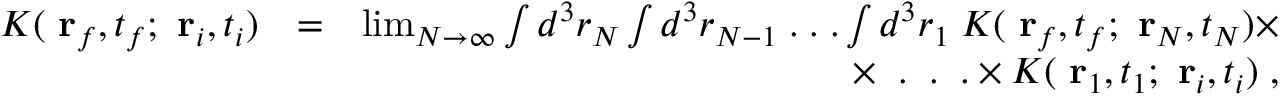
\begin{array} { r l r } { K ( \mathrm { \bf ~ r } _ { f } , t _ { f } ; \mathrm { \bf ~ r } _ { i } , t _ { i } ) } & { = } & { \operatorname* { l i m } _ { N \to \infty } \int d ^ { 3 } r _ { N } \int d ^ { 3 } r _ { N - 1 } \; . \; . \; . \int d ^ { 3 } r _ { 1 } \; K ( \mathrm { \bf ~ r } _ { f } , t _ { f } ; \mathrm { \bf ~ r } _ { N } , t _ { N } ) \times } \\ & { } & { \times \; \; . \; \; . \; \; . \times K ( \mathrm { \bf ~ r } _ { 1 } , t _ { 1 } ; \mathrm { \bf ~ r } _ { i } , t _ { i } ) \; , } \end{array}